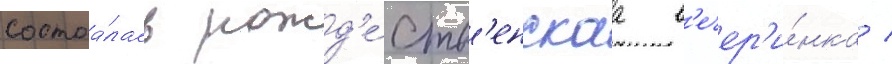
состоа́лась рожд'е́ств'енскаа в'ечер'и́нка /